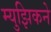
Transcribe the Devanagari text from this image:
म्युझिकने